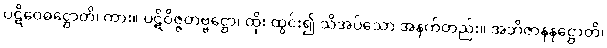
ပဋိဝေဓဋ္ဌောတိ၊ ကား။ ပဋိဝိဇ္ဇတဗ္ဗဋ္ဌော၊ ထိုး ထွင်း၍ သိအပ်သော အနက်တည်း။ အဘိဇာနနဋ္ဌောတိ၊